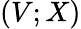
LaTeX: (V;X)